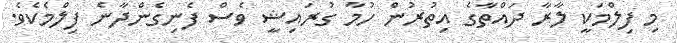
މި ފިލްމަކީ ލާރާ ދައްތާގެ އިތުރުން ހުމާ ގުރައިޝީ ވެސް ފެނިގެންދާނެ ފިލްމެކެވެ.